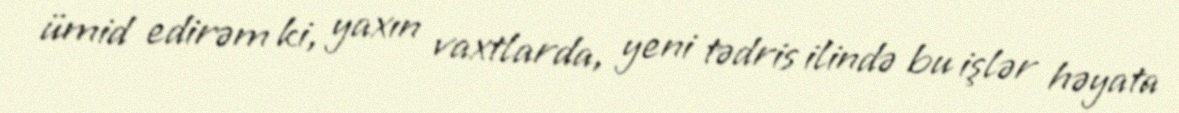
ümid edirəm ki, yaxın vaxtlarda, yeni tədris ilində bu işlər həyata